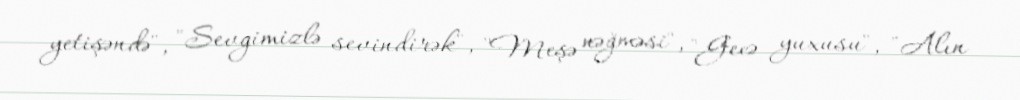
yetişəndə", "Sevgimizlə sevindirək", "Meşə nəğməsi", "Gecə yuxusu", "Alın